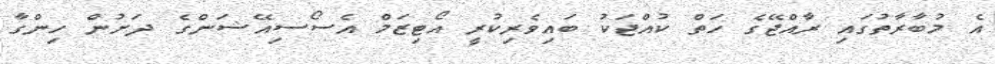
އެ މުބާރާތުގައި ރާއްޖޭގެ ހަތް ކުއްޖަކު ބައިވެރިކުރީ އޯޓިޒަމް އެސޯސިއޭޝަންގެ ދަށުން ހިންގާ